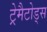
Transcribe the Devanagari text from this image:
ट्रेमैटोड्स